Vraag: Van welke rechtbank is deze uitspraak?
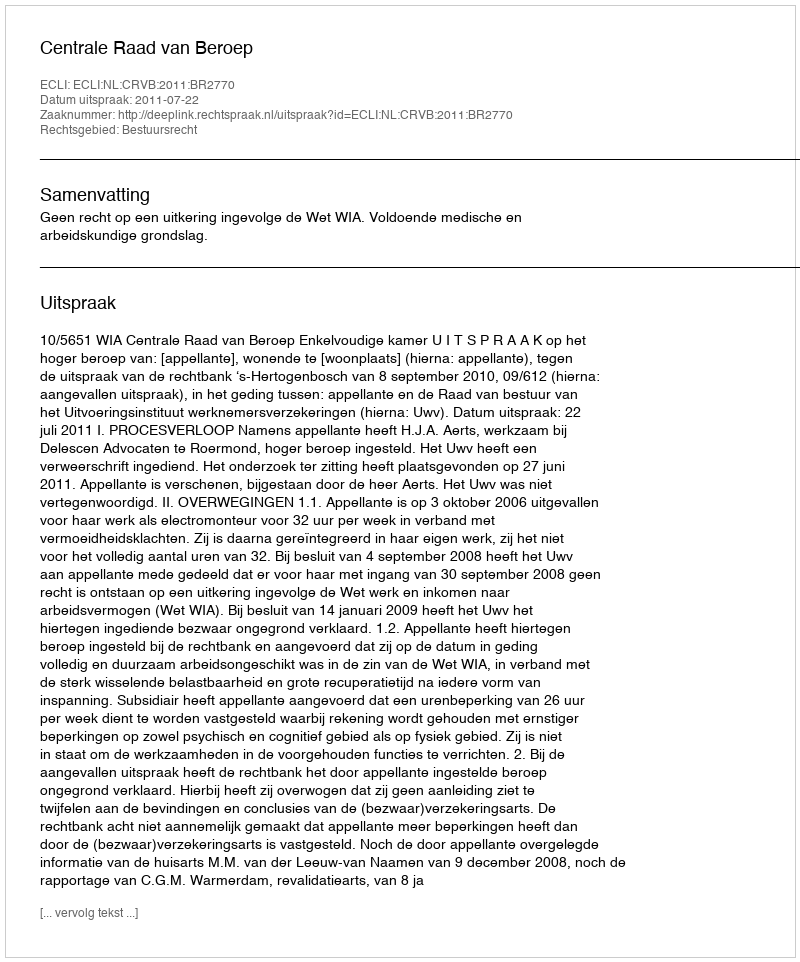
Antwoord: Centrale Raad van Beroep